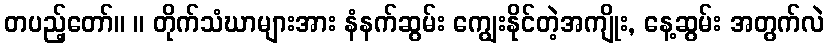
တပည့်တော်။ ။ တိုက်သံဃာများအား နံနက်ဆွမ်း ကျွေးနိုင်တဲ့အကျိုး, နေ့ဆွမ်း အတွက်လဲ